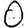
Digit: 0